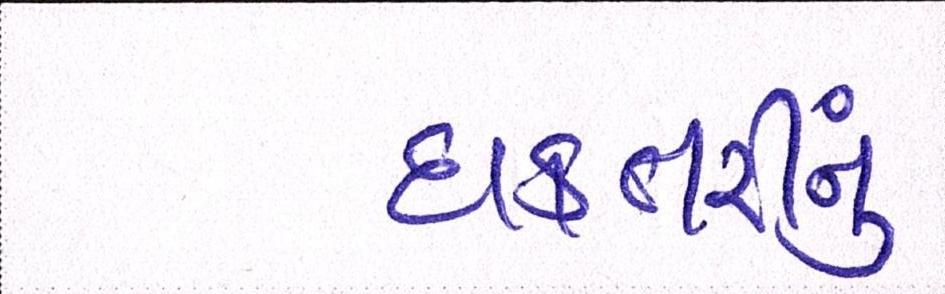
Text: દાક્તરીનું